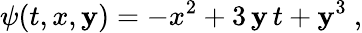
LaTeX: \psi(t,x,\mathbf{y})=-x^{2}+3\, \mathbf{y}\, t+\mathbf{y}^{3}\ ,